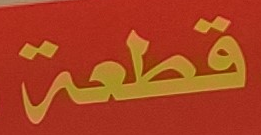
قطعة